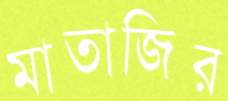
মাতাজির